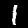
Digit: 1